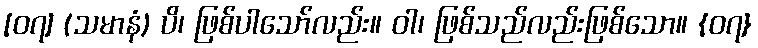
[၀၇] (သမာနံ) ပိ၊ ဖြစ်ပါသော်လည်း။ ဝါ၊ ဖြစ်သည်လည်းဖြစ်သော။ {၀၇}